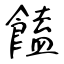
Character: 饁